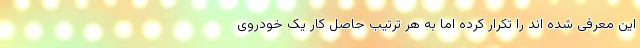
این معرفی شده اند را تکرار کرده اما به هر ترتیب حاصل کار یک خودروی